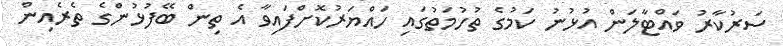
ސަރުކާރު ވައްޓާލަން އުޅުނު ކަމުގެ ތުހުމަތުގައި ހައްޔަރުކޮށްފައިވާ އެ ތިން ބޭފުޅުންގެ ތެރެއިން